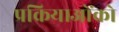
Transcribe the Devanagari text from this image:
प्रक्रियाओंको